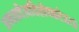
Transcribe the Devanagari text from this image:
अन्धकदैत्यविशोषकरे॥२॥